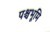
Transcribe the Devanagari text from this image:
पश्चभूमि